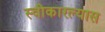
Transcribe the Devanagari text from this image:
स्वीकारल्यास